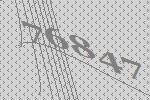
76847